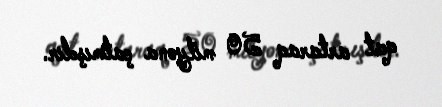
qat artaraq 50 milyona çatmışdır.